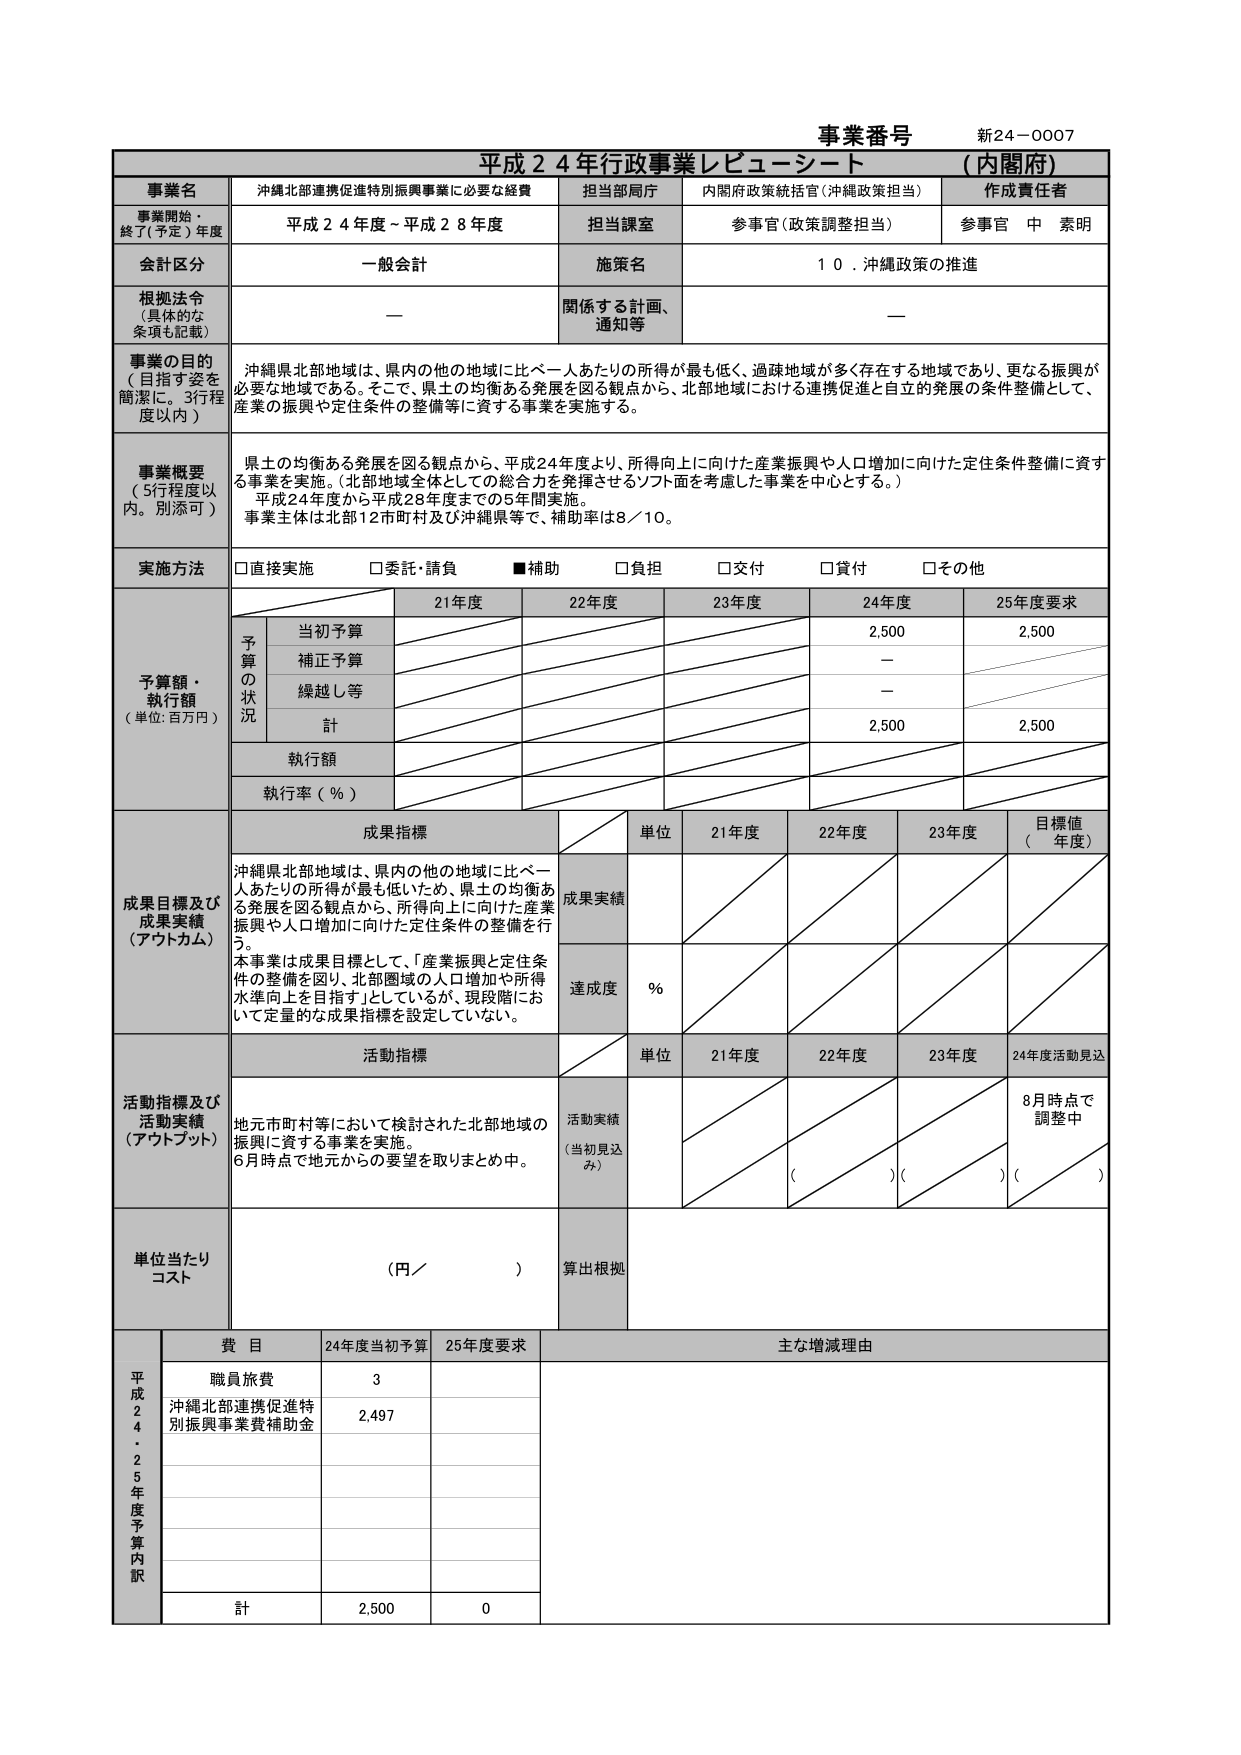
事業番号 新24-0007
平成24年行政事業レビューシート （内閣府）

事業名 沖縄北部連携促進特別振興事業に必要な経費
担当部局庁 内閣府政策統括官（沖縄政策担当）
作成責任者 参事官 中 素明

事業開始・終了（予定）年度 平成24年度～平成28年度
担当課室 参事官（政策調整担当）

会計区分 一般会計
施策名 10．沖縄政策の推進

根拠法令（具体的な条項も記載） —
関係する計画、通知等 —

事業の目的（目指す姿を簡潔に。3行程度以内）
沖縄県北部地域は、県内の他の地域に比べ一人あたりの所得が最も低く、過疎地域が多く存在する地域であり、更なる振興が必要な地域である。そこで、県土の均衡ある発展を図る観点から、北部地域における連携促進と自立的発展の条件整備として、産業の振興や定住条件の整備等に資する事業を実施する。

事業概要（5行程度以内。別添可）
県土の均衡ある発展を図る観点から、平成24年度より、所得向上に向けた産業振興や人口増加に向けた定住条件整備に資する事業を実施。（北部地域全体としての総合力を発揮させるソフト面を考慮した事業を中心とする。）
平成24年度から平成28年度までの5年間実施。
事業主体は北部12市町村及び沖縄県等で、補助率は8／10。

実施方法
□直接実施 □委託・請負 ■補助 □負担 □交付 □貸付 □その他

予算額・執行額（単位：百万円）
　　　　　　　　　　　　　　　21年度　　22年度　　23年度　　24年度　　25年度要求
　　　　　　　　　　　　　　　　＼　　　　＼　　　　＼　　　　＼　　　　＼
予算の状況　当初予算　　　　　　　　　　　　　　　　　2,500　　　2,500
　　　　　　　補正予算　　　　　　　　　　　　　　　　　—
　　　　　　　繰越し等　　　　　　　　　　　　　　　　　—
　　　　　　　計　　　　　　　　　　　　　　　　　　　　2,500　　　2,500
　　　　　　　執行額
　　　　　　　執行率（％）

成果目標及び成果実績（アウトカム）
成果目標
沖縄県北部地域は、県内の他の地域に比べ一人あたりの所得が最も低いため、県土の均衡ある発展を図る観点から、所得向上に向けた産業振興や人口増加に向けた定住条件の整備を行う。
本事業は成果目標として、「産業振興と定住条件の整備を図り、北部圏域の人口増加や所得水準向上を目指す」としているが、現段階において定量的な成果指標を設定していない。

　　　　　　　　　　　　　　　単位　　21年度　　22年度　　23年度　　目標値（年度）
成果実績
達成度　％

活動指標及び活動実績（アウトプット）
活動指標
地元市町村等において検討された北部地域の振興に資する事業を実施。
6月時点で地元からの要望を取りまとめ中。

　　　　　　　　　　　　　　　単位　　21年度　　22年度　　23年度　　24年度活動見込
活動実績（当初見込み）
　　　　　　　　　　　　　　　　　　　　　　　　　　　　　　　　　8月時点で調整中
　　　　　　　　　　　　　　　　　　　　　　　　　　　　　　　　（　　）（　　）（　　）

単位当たりコスト （円／　　）
算出根拠

平成24・25年度予算内訳
　　　　　　　　費目　　　　　24年度当初予算　　25年度要求　　　　主な増減理由
　　　　　　　　職員旅費　　　　　　3
　　　　　　　　沖縄北部連携促進特別振興事業費補助金　　　2,497
　　　　　　　　計　　　　　　　　2,500　　　　　　0